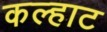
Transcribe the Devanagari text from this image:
कल्हाट